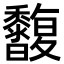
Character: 𪐒